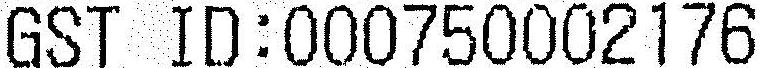
GST ID:000750002176